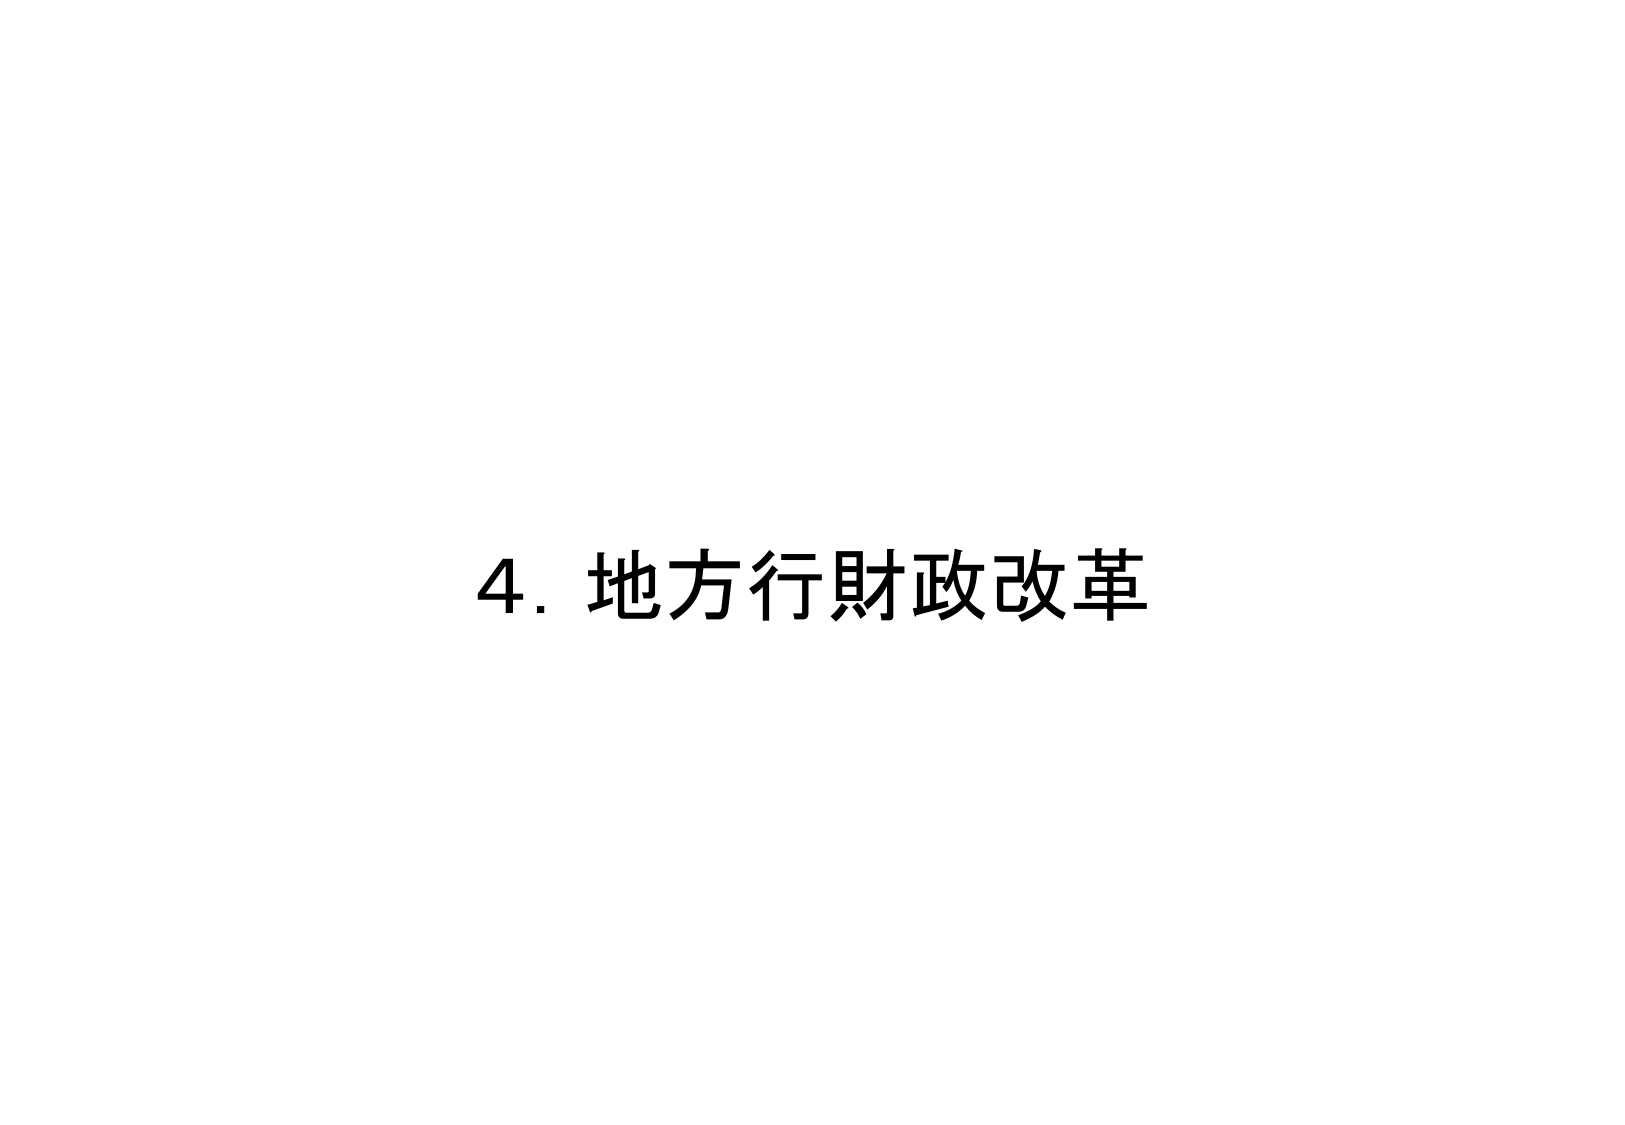
4. 地方行財政改革